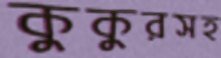
কুকুরসহ